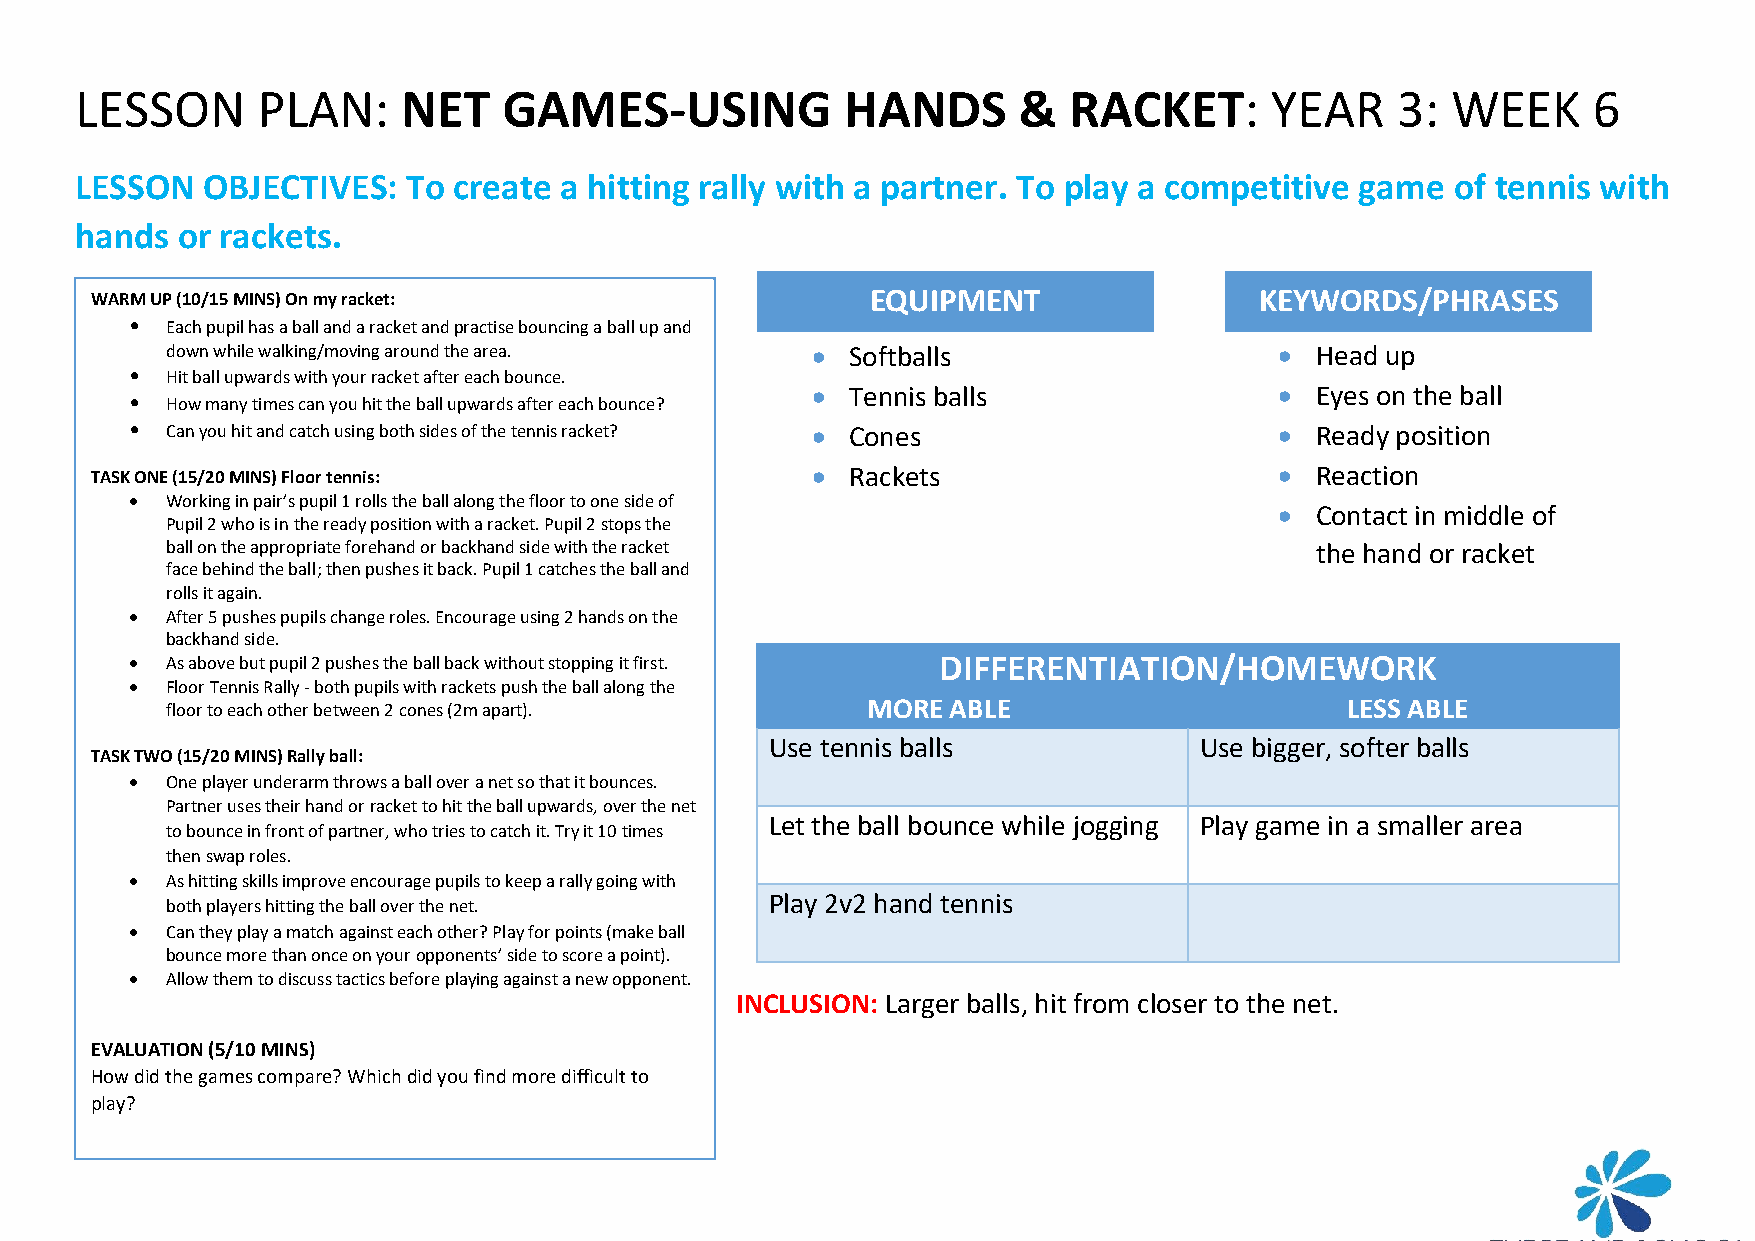
LESSON      PLAN:     NET   GAMES-USING            HANDS      &   RACKET:      YEAR    3:  WEEK     6
 LESSON  OBJECTIVES:   To create a hitting rally with a partner. To play a competitive game of tennis with
 hands  or rackets.
 WARM UP (10/15 MINS) On my racket:                  EQUIPMENT                KEYWORDS/PHRASES
 • Each pupil has a ball and a racket and practise bouncing a ball up and
 down while walking/moving around the area. • Softballs                    • Head up
 • Hit ball upwards with your racket after each bounce.
 • Tennis balls                 • Eyes on the ball
 • How many times can you hit the ball upwards after each bounce?
 • Can you hit and catch using both sides of the tennis racket? • Cones      • Ready position
 TASK ONE (15/20 MINS) Floor tennis:             • Rackets                      • Reaction
 • Working in pair’s pupil 1 rolls the ball along the floor to one side of
 • Contact in middle of
 Pupil 2 who is in the ready position with a racket. Pupil 2 stops the
 ball on the appropriate forehand or backhand side with the racket           the hand or racket
 face behind the ball; then pushes it back. Pupil 1 catches the ball and
 rolls it again.
 • After 5 pushes pupils change roles. Encourage using 2 hands on the
 backhand side.
 • As above but pupil 2 pushes the ball back without stopping it first. DIFFERENTIATION/HOMEWORK
 • Floor Tennis Rally - both pupils with rackets push the ball along the
 floor to each other between 2 cones (2m apart). MORE ABLE                     LESS ABLE
 Use tennis balls            Use bigger, softer balls
 TASK TWO (15/20 MINS) Rally ball:
 • One player underarm throws a ball over a net so that it bounces.
 Partner uses their hand or racket to hit the ball upwards, over the net
 Let the ball bounce while jogging Play game in a smaller area
 to bounce in front of partner, who tries to catch it. Try it 10 times
 then swap roles.
 • As hitting skills improve encourage pupils to keep a rally going with
 Play 2v2 hand tennis
 both players hitting the ball over the net.
 • Can they play a match against each other? Play for points (make ball
 bounce more than once on your opponents’ side to score a point).
 • Allow them to discuss tactics before playing against a new opponent.
 INCLUSION: Larger balls, hit from closer to the net.
 EVALUATION (5/10 MINS)
 How did the games compare? Which did you find more difficult to
 play?